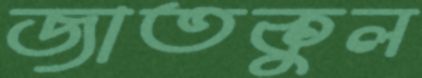
জাতকুল